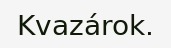
Kvazárok.